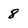
Character: 8